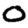
Digit: 0